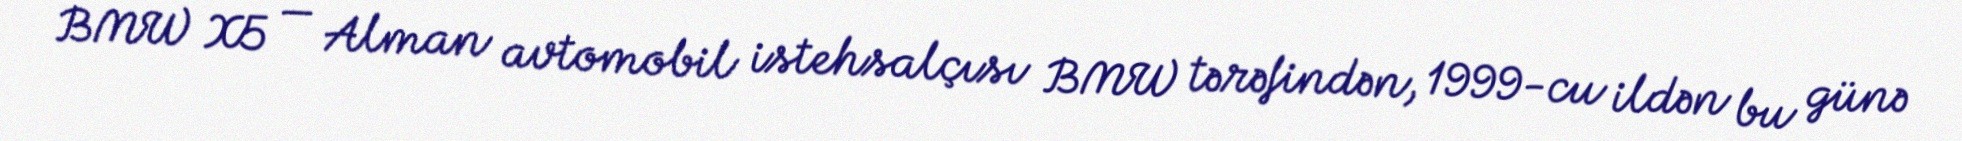
BMW X5 — Alman avtomobil istehsalçısı BMW tərəfindən, 1999-cu ildən bu günə